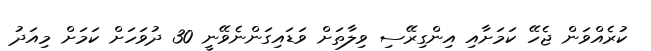
ކުރެއްވަން ޖެހޭ ކަމަށާއި އިންގިރޭސި ވިލާތަށް ވަޑައިގަންނެވޭނީ 30 ދުވަހަށް ކަމަށް މިއަދު